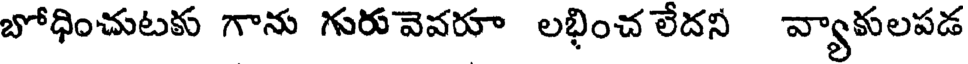
బోధించుటకు గాను గురు వెవరూ లభించ లేదని వ్యాకులపడ